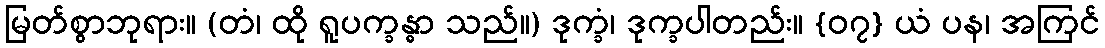
မြတ်စွာဘုရား။ (တံ၊ ထို ရူပက္ခန္ဓာ သည်။) ဒုက္ခံ၊ ဒုက္ခပါတည်း။ {၀၇} ယံ ပန၊ အကြင်